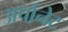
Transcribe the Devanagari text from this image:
अर्पानेट